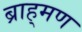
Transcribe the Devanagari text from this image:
ब्राह्‌मण